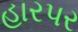
હારપર